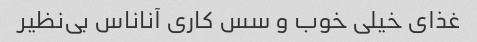
غذای خیلی خوب و سس کاری آناناس بی‌نظیر